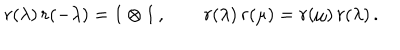
LaTeX: r ( \lambda ) \, r ( - \lambda ) = 1 \otimes 1 \, , \qquad r ( \lambda ) \, r ( \mu ) = r ( \mu ) \, r ( \lambda ) \, .